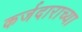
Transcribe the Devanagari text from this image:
कर्जदाराच्या